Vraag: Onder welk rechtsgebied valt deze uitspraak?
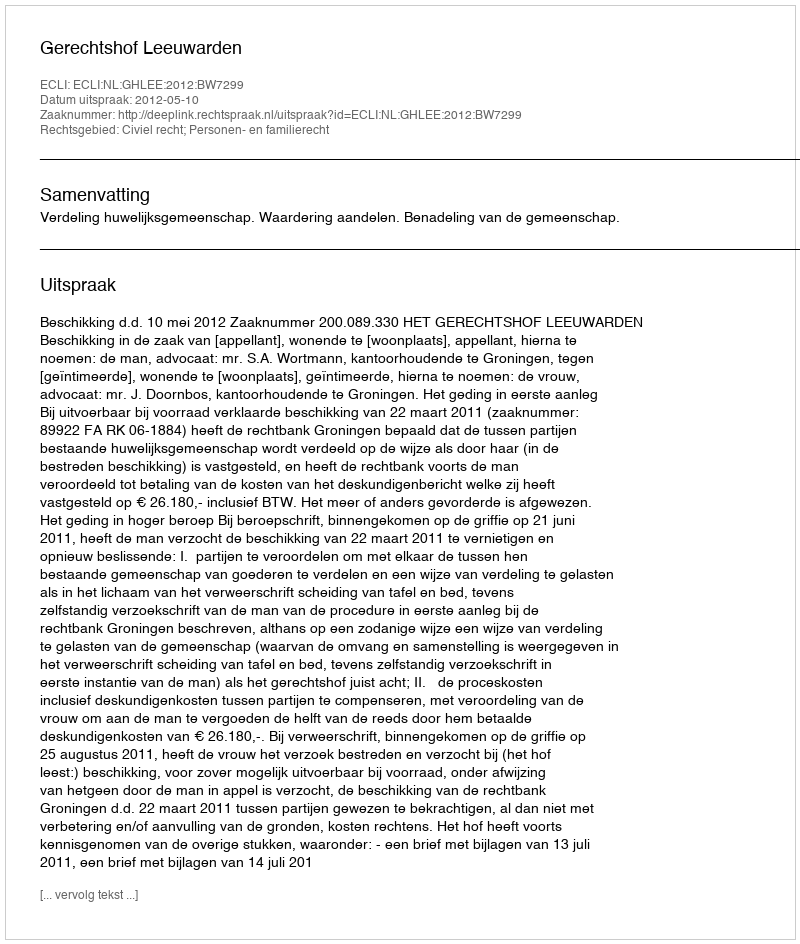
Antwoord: Civiel recht; Personen- en familierecht